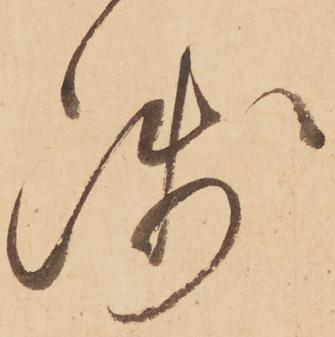
浅